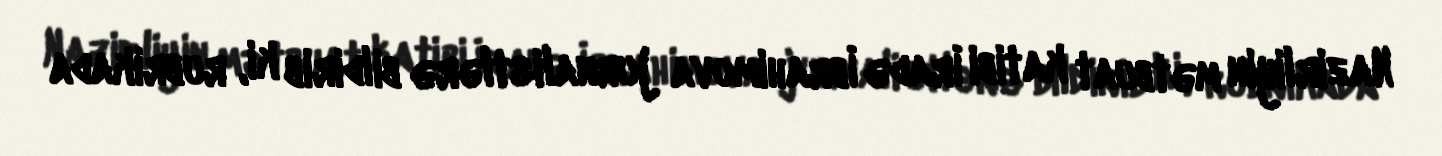
Nazirliyin mətbuat katibi İradə İbrahimova jurnalistlərə bildirib ki, rubrikada